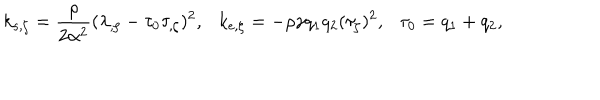
k _ { s , \zeta } = { \frac { \rho } { 2 \alpha ^ { 2 } } } ( \lambda _ { , \zeta } - \tau _ { 0 } \tau _ { , \zeta } ) ^ { 2 } , \ \ \ k _ { e , \zeta } = - \rho \gamma q _ { 1 } q _ { 2 } ( \tau _ { \zeta } ) ^ { 2 } , \ \ \ \tau _ { 0 } = q _ { 1 } + q _ { 2 } ,